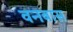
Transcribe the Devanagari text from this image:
वनबास